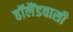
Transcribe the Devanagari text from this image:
हॉलैंडवासी